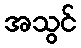
အသွင်